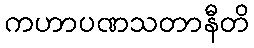
ကဟာပဏသတာနီတိ